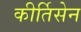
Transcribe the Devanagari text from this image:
कीर्तिसेन